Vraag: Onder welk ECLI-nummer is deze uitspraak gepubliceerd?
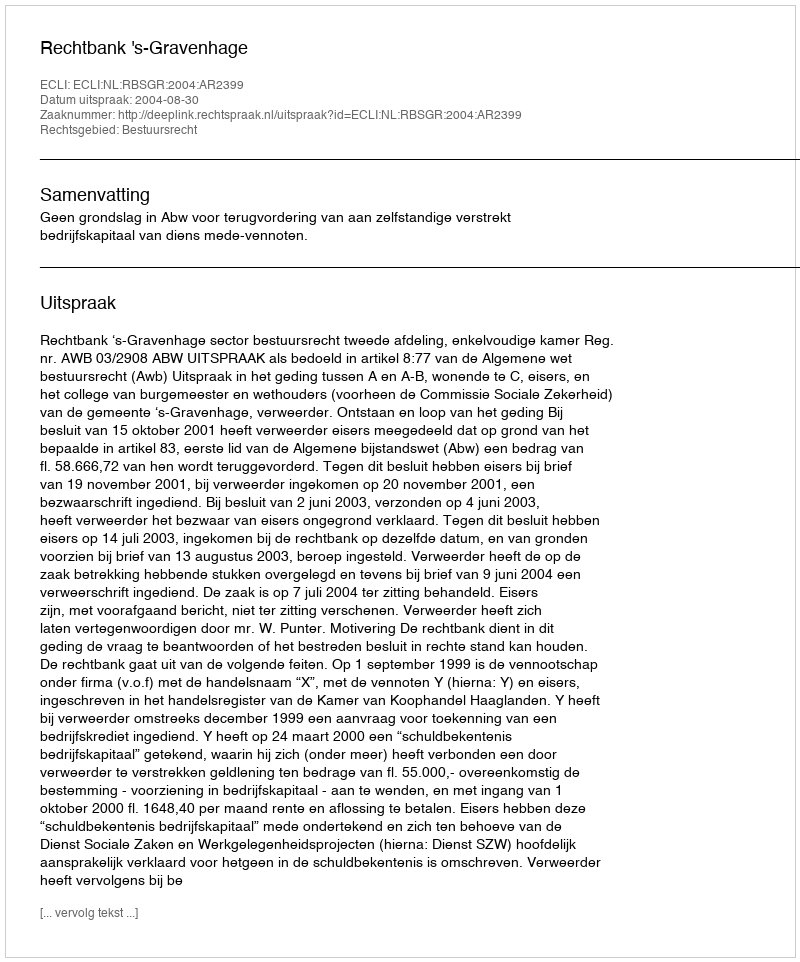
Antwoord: ECLI:NL:RBSGR:2004:AR2399